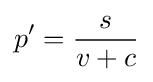
p^{\prime }={\frac {s}{v+c}}